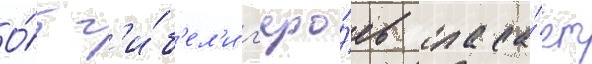
О́т г'и́б'ел'и г'еро́ев спаса́ет